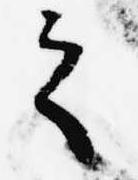
之